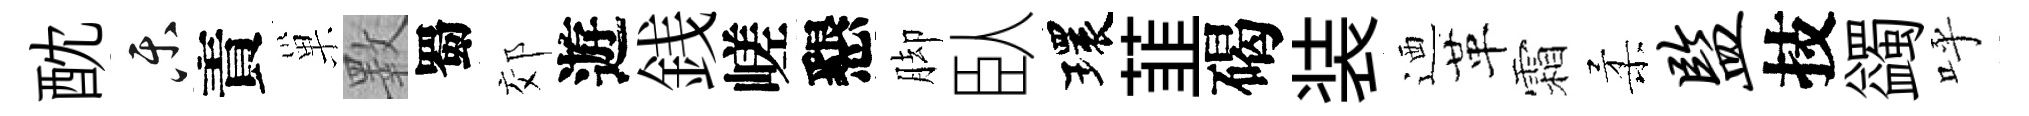
酖乐責巢斁蜀郊遊銭嵯懇脚臥環韮碣装迺革霜柔监技蠲呼